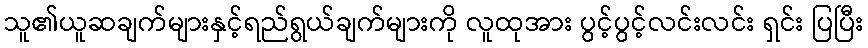
သူ၏ယူဆချက်များနှင့်ရည်ရွယ်ချက်များကို လူထုအား ပွင့်ပွင့်လင်းလင်း ရှင်း ပြပြီး